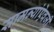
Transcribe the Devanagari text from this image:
सामन्यांऐवजी